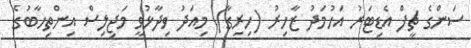
ސަންގެ ޗީފް އެޑިޓަރު އަހުމަދު ޒާހިރު (ހިރިގާ) މިއަދު ވިދާޅުވީ މަޖިލިސް އިންތިހާބުގެ